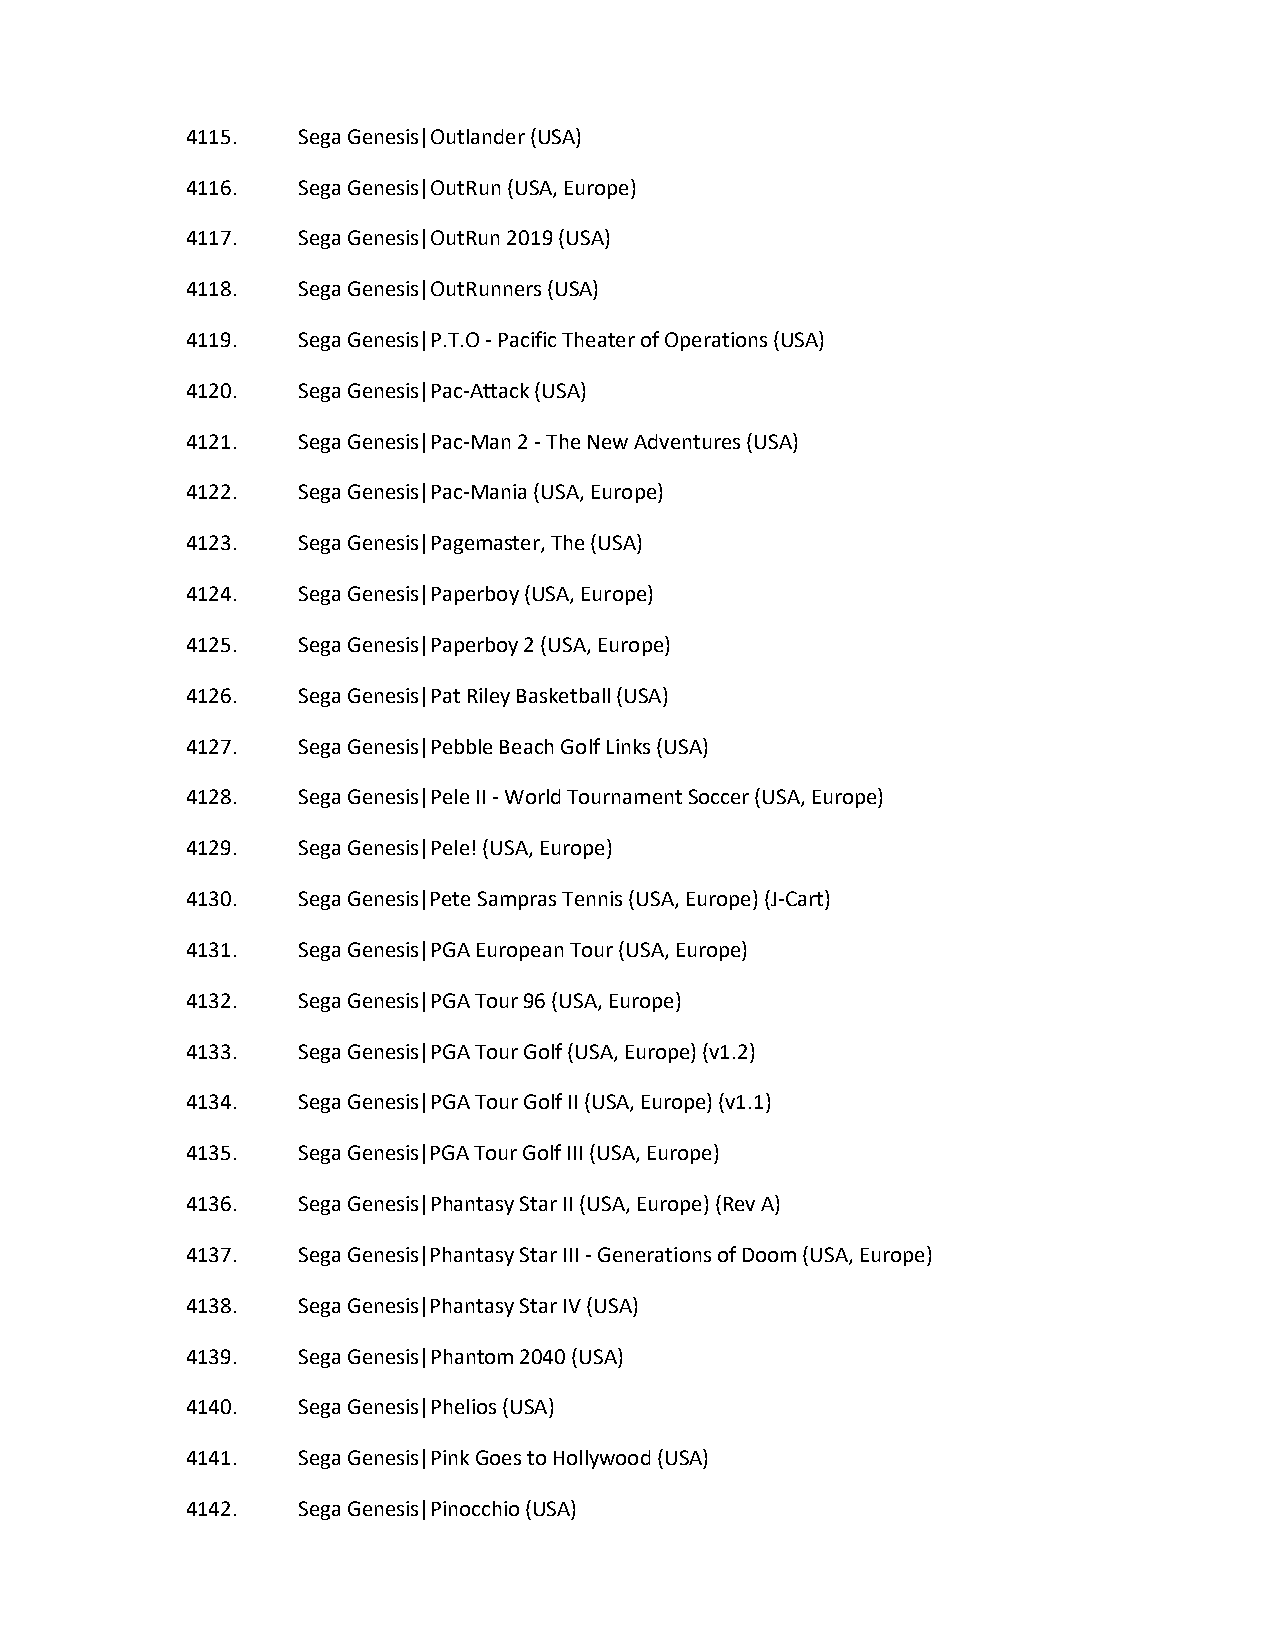
4115.   Sega Genesis|Outlander (USA)
 4116.   Sega Genesis|OutRun (USA, Europe)
 4117.   Sega Genesis|OutRun 2019 (USA)
 4118.   Sega Genesis|OutRunners (USA)
 4119.   Sega Genesis|P.T.O - Pacific Theater of Operations (USA)
 4120.   Sega Genesis|Pac-Attack (USA)
 4121.   Sega Genesis|Pac-Man 2 - The New Adventures (USA)
 4122.   Sega Genesis|Pac-Mania (USA, Europe)
 4123.   Sega Genesis|Pagemaster, The (USA)
 4124.   Sega Genesis|Paperboy (USA, Europe)
 4125.   Sega Genesis|Paperboy 2 (USA, Europe)
 4126.   Sega Genesis|Pat Riley Basketball (USA)
 4127.   Sega Genesis|Pebble Beach Golf Links (USA)
 4128.   Sega Genesis|Pele II - World Tournament Soccer (USA, Europe)
 4129.   Sega Genesis|Pele! (USA, Europe)
 4130.   Sega Genesis|Pete Sampras Tennis (USA, Europe) (J-Cart)
 4131.   Sega Genesis|PGA European Tour (USA, Europe)
 4132.   Sega Genesis|PGA Tour 96 (USA, Europe)
 4133.   Sega Genesis|PGA Tour Golf (USA, Europe) (v1.2)
 4134.   Sega Genesis|PGA Tour Golf II (USA, Europe) (v1.1)
 4135.   Sega Genesis|PGA Tour Golf III (USA, Europe)
 4136.   Sega Genesis|Phantasy Star II (USA, Europe) (Rev A)
 4137.   Sega Genesis|Phantasy Star III - Generations of Doom (USA, Europe)
 4138.   Sega Genesis|Phantasy Star IV (USA)
 4139.   Sega Genesis|Phantom 2040 (USA)
 4140.   Sega Genesis|Phelios (USA)
 4141.   Sega Genesis|Pink Goes to Hollywood (USA)
 4142.   Sega Genesis|Pinocchio (USA)